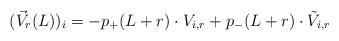
LaTeX: \begin{align*}(\vec{V}_r(L))_i = -p_{+}(L+r)\cdot V_{i,r}+p_{-}(L+r)\cdot\tilde{V}_{i,r}\end{align*}